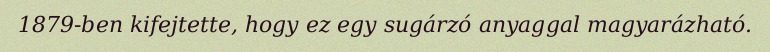
1879-ben kifejtette, hogy ez egy sugárzó anyaggal magyarázható.